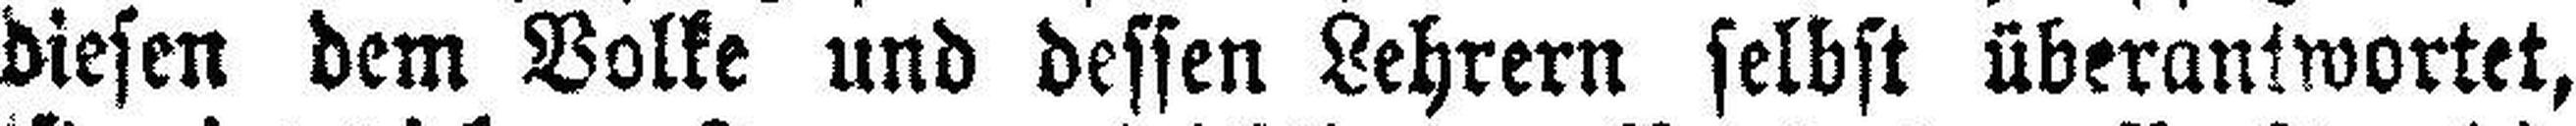
diesen dem Volke und dessen Lehrern selbst überantwortet,